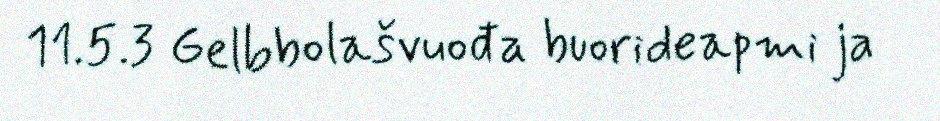
11.5.3 Gelbbolašvuođa buorideapmi ja